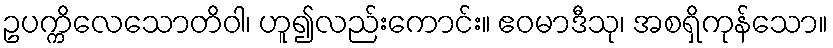
ဥပက္ကိလေသောတိဝါ၊ ဟူ၍လည်းကောင်း။ ဧဝမာဒီသု၊ အစရှိကုန်သော။